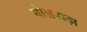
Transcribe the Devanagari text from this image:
गोलपाड़ा